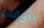
بأوقات